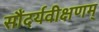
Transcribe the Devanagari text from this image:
सौंदर्यवीक्षणम्